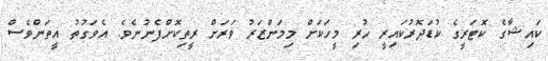
ކައިޝާގެ ކޮޓަރީގެ ކުޑަދޮރުކައިރީ ހުރި މީހަކަށް މިމަންޒަރު ވަރަށް ރީތިކޮށްފެނުނެވެ. އެވަގުތު އީތަންވެސް